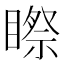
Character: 𥉻